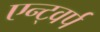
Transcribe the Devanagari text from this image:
एन्ट्वर्प